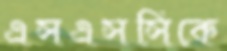
এসএসসিকে